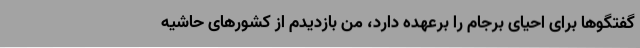
گفتگوها برای احیای برجام را برعهده دارد، من بازدیدم از کشورهای حاشیه